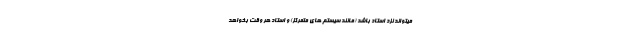
میتواند نزد استاد باشد (مانند سیستم های متمرکز) و استاد هر وقت بخواهد